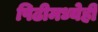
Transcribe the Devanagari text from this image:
पिढीमध्येही